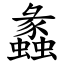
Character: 蠡